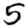
Digit: 5